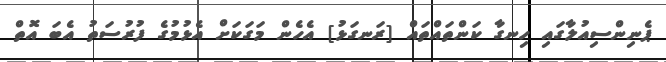
ޕެނިންސިއުލާގައި ހިނގާ ކަންތައްތައް [ރަނގަޅު] އެހެން މަގަަކަށް އެޅުމުގެ ފުރުސަތު އެބަ އޮތް